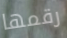
رقمها